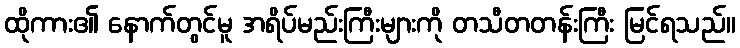
ထိုကား၏ နောက်တွင်မူ အရိပ်မည်းကြီးများကို တသီတတန်းကြီး မြင်ရသည်။